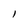
Character: 1